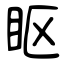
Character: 眍